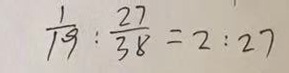
\frac { 1 } { 1 9 } : \frac { 2 7 } { 3 8 } = 2 : 2 7